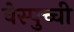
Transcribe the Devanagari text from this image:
वेस्पुच्ची